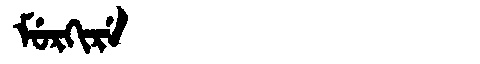
Manchu: ᠮᡠᡵᡴᡳᡵᡝ
Romanization: MURKIRE